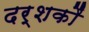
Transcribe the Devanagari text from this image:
दर्शकौं